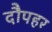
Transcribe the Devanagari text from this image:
दौपहर